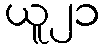
ယူ၂၁